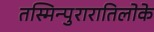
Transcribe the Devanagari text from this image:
तस्मिन्पुरारातिलोके